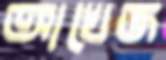
আখেজ